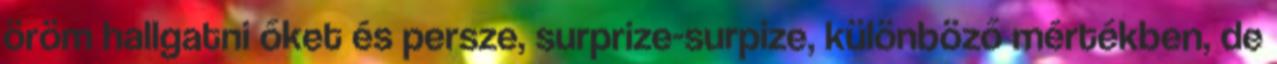
öröm hallgatni őket és persze, surprize-surpize, különböző mértékben, de